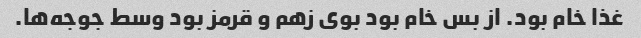
غذا خام بود. از بس خام بود بوی زهم و قرمز بود وسط جوجه‌ها.